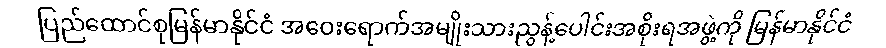
ပြည်ထောင်စုမြန်မာနိုင်ငံ အဝေးရောက်အမျိုးသားညွန့်ပေါင်းအစိုးရအဖွဲ့ကို မြန်မာနိုင်ငံ